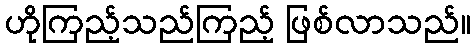
ဟိုကြည့်သည်ကြည့် ဖြစ်လာသည်။